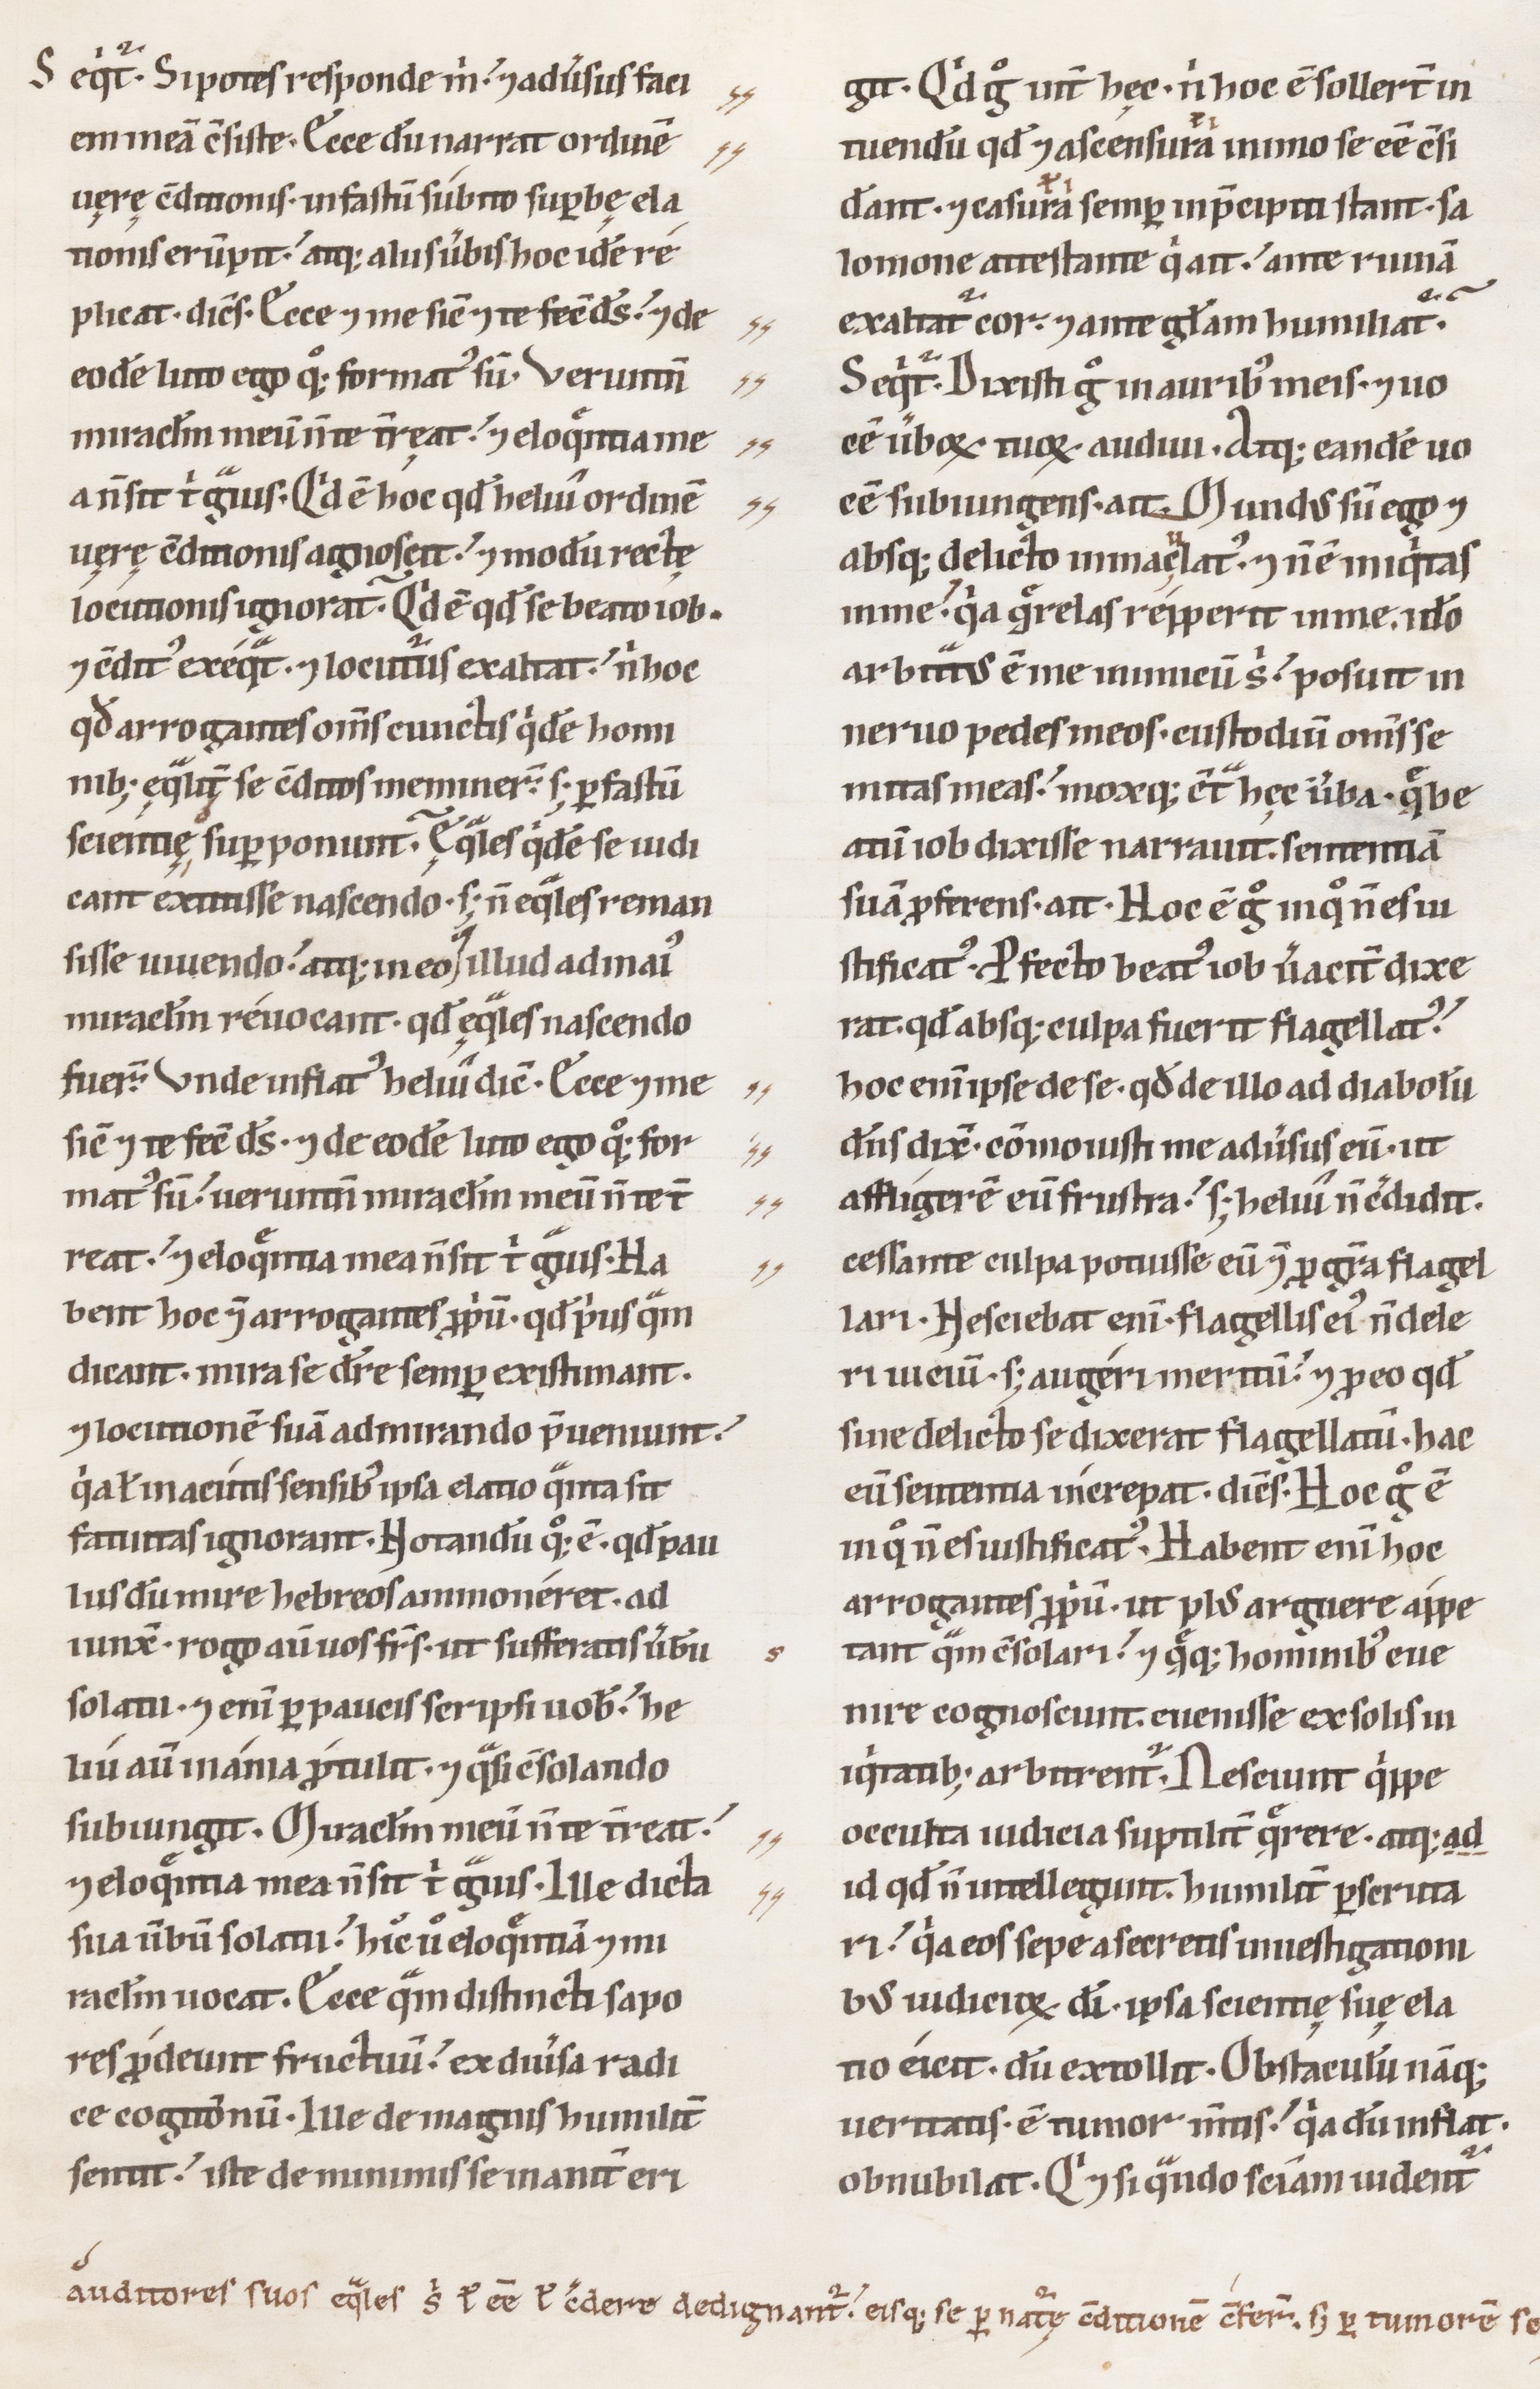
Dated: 1100–1199